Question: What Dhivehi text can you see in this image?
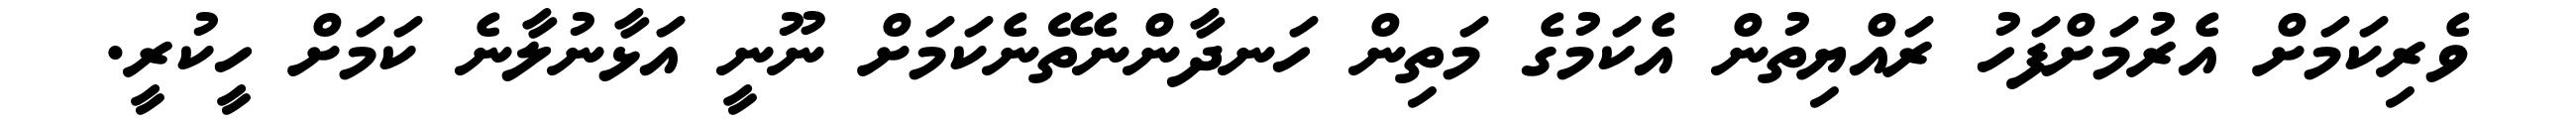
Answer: ވެރިކަމަށް އެރުމަށްފަހު ރައްޔިތުން އެކަމުގެ މަތިން ހަނދާންނެތޭނެކަމަށް ނޫނީ އަޅާނުލާނެ ކަމަށް ހީކުރީ.